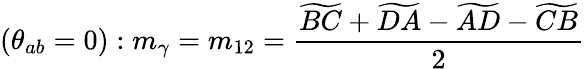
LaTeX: (\theta_{ab}=0):m_{\gamma}=m_{12}=\frac{\widetilde{BC}+\widetilde{DA}-\widetilde{AD}-\widetilde{CB}}{2}